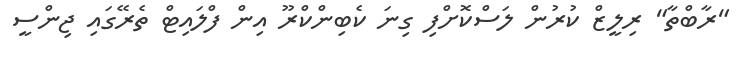
"ރާބްތާ" ރިލީޒް ކުރުން ލަސްކޮށްފި ގިނަ ކެބިންކްރޫ އިން ފްލައިޓް ތެރޭގައި ޖިންސީ